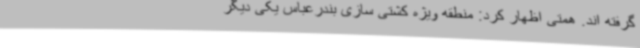
گرفته اند. همتی اظهار کرد: منطقه ویژه کشتی سازی بندرعباس یکی دیگر